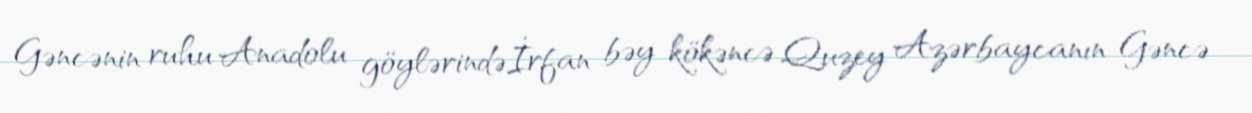
Gəncənin ruhu Anadolu göylərindəİrfan bəy kökəncə Quzey Azərbaycanın Gəncə